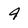
Character: 4